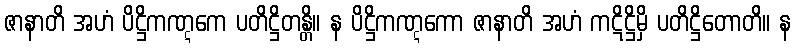
ဇာနာတိ အဟံ ပိဋ္ဌိကဏ္ဋကေ ပတိဋ္ဌိတန္တိ။ န ပိဋ္ဌိကဏ္ဋကော ဇာနာတိ အဟံ ကဋိဋ္ဌိမှိ ပတိဋ္ဌိတောတိ။ န